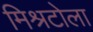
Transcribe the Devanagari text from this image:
मिश्रटोला